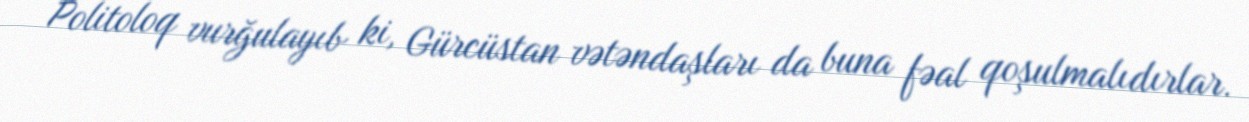
Politoloq vurğulayıb ki, Gürcüstan vətəndaşları da buna fəal qoşulmalıdırlar.